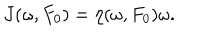
J ( \omega , F _ { 0 } ) = \eta ( \omega , F _ { 0 } ) \omega .